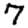
Digit: 7